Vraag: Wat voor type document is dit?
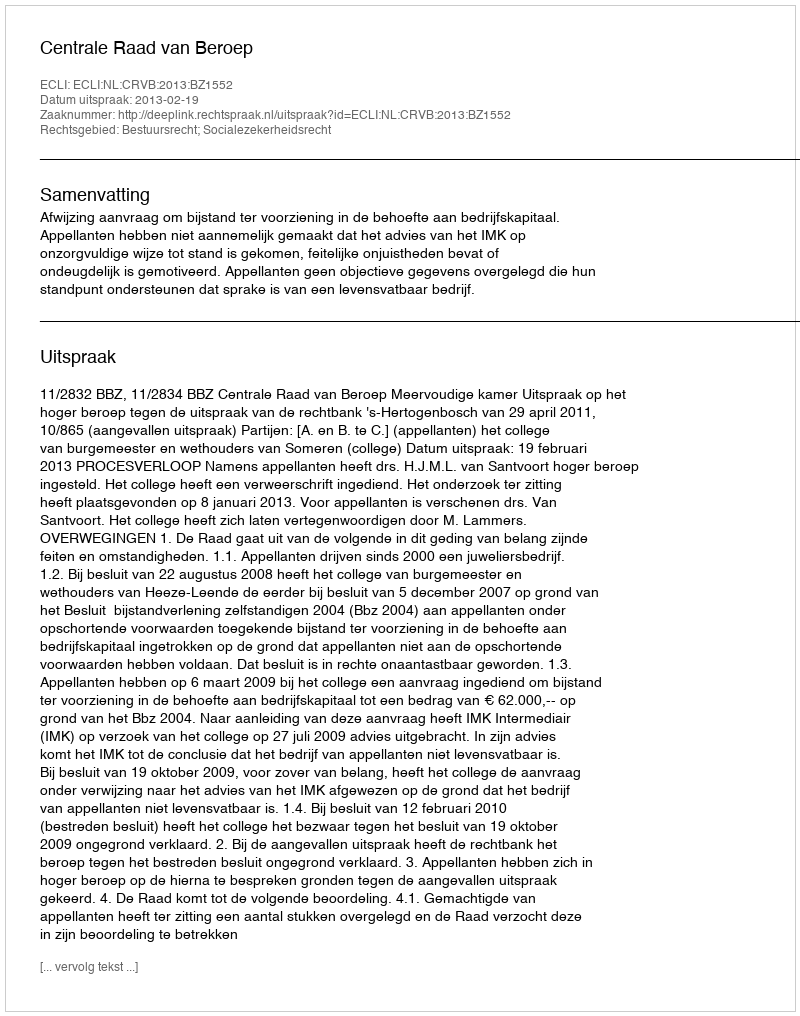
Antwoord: Uitspraak